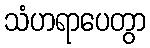
သံဟရာပေတွာ